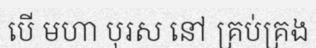
បើ មហា បុរស នៅ គ្រប់គ្រង